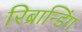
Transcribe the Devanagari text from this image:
रिब्रान्डिंग